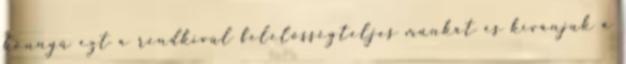
könnyű ezt a rendkívül felelősségteljes munkát és kívánjuk a